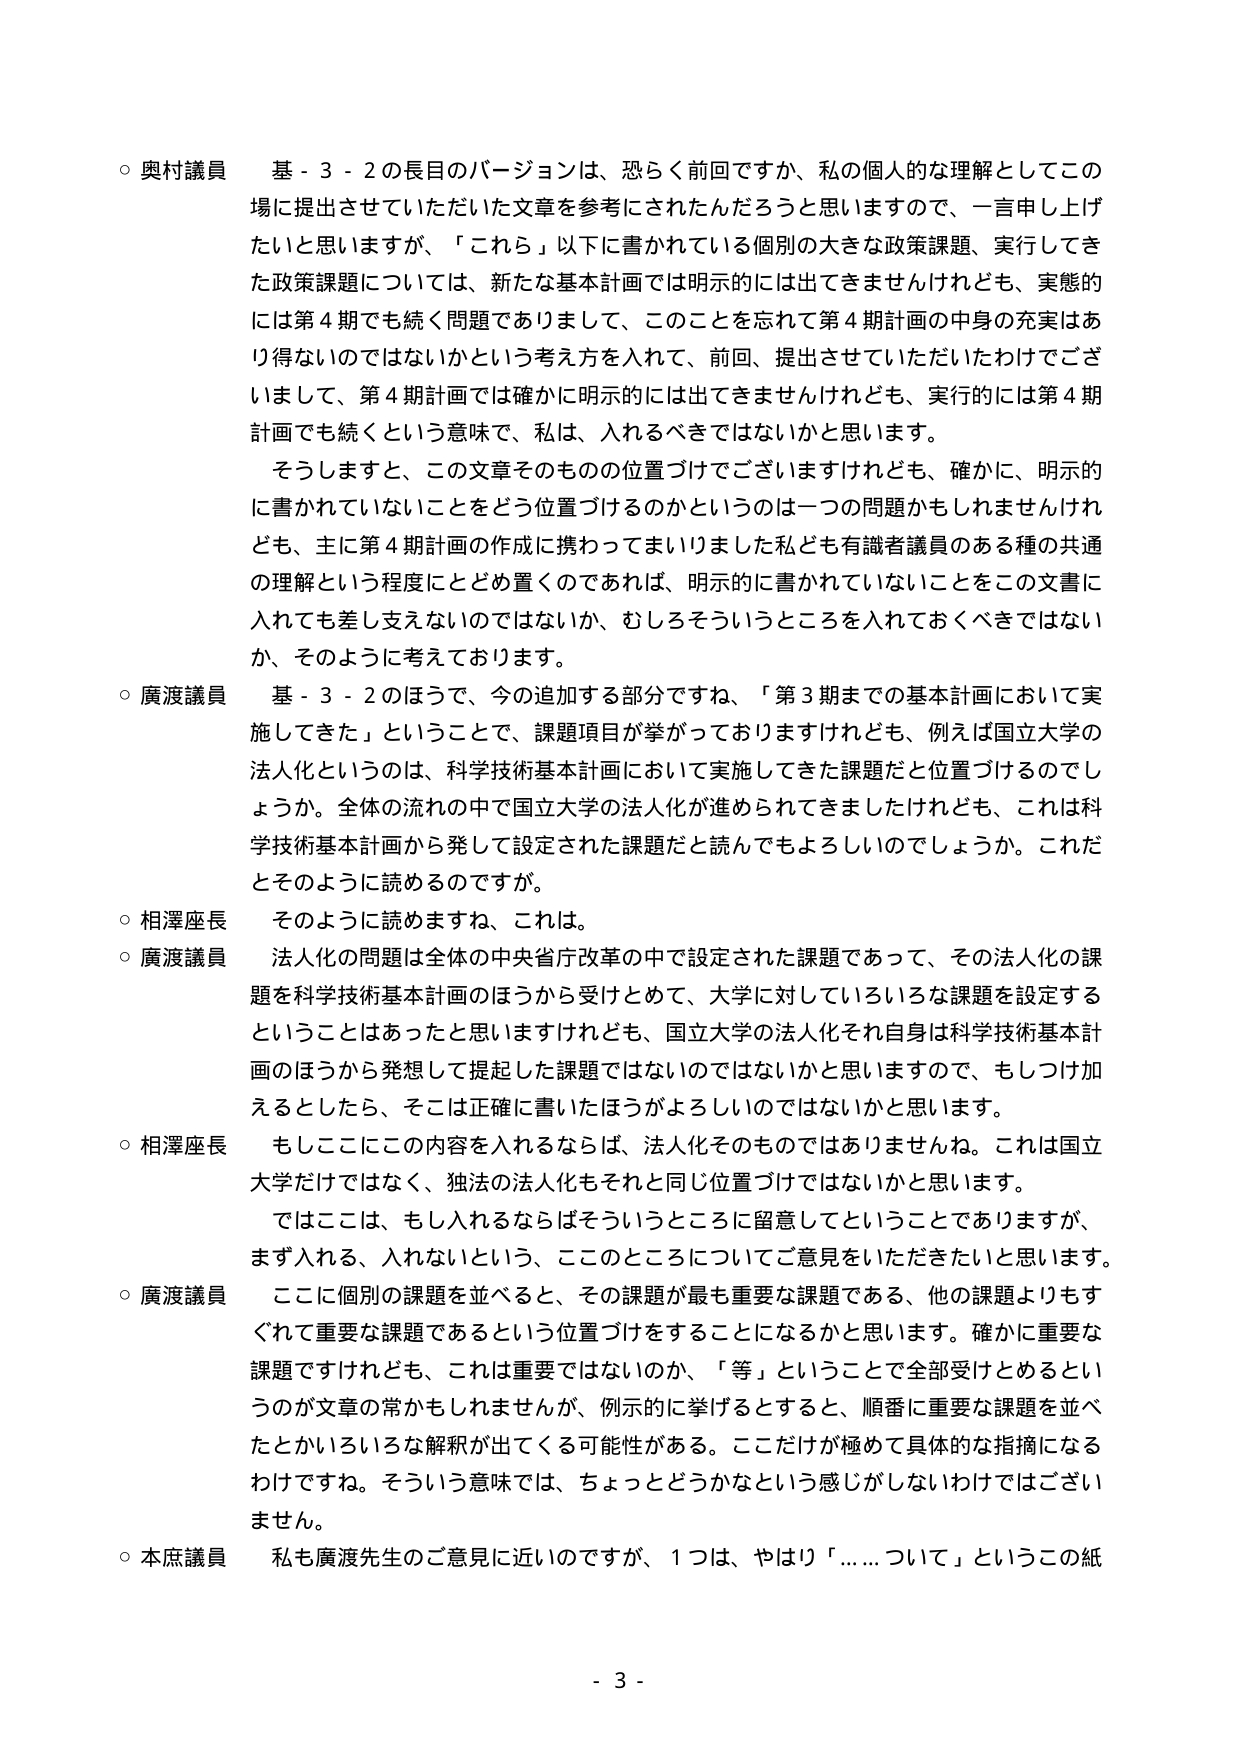
○ 奥村議員　基－３－２の長目のバージョンは、恐らく前回ですか、私の個人的な理解としてこの場に提出させていただいた文章を参考にされたんだろうと思いますので、一言申し上げたいと思いますが、「これら」以下に書かれている個別の大きな政策課題、実行してきた政策課題については、新たな基本計画では明示的には出てきませんけれども、実態的には第４期でも続く問題でありますし、このことを忘れて第４期計画の中身の充実はあり得ないのではないかという考え方を入れて、前回、提出させていただいたわけでございまして、第４期計画では確かに明示的には出てきませんけれども、実行的には第４期計画でも続くという意味で、私は、入れるべきではないかと思います。

　そうしますと、この文章そのものの位置づけでございますけれども、確かに、明示的に書かれていないことをどう位置づけるのかというのは一つの問題かもしれませんけれども、主に第４期計画の作成に携わってまいりました私ども有識者議員のある種の共通の理解という程度にとどめ置くのであれば、明示的に書かれていないことをこの文書に入れても数支えないのではないか、むしろそういうところを入れておくべきではないか、そのように考えております。

○ 廣渡議員　基－３－２のほうで、今の追加する部分ですね、「第３期までの基本計画において実施してきた」ということで、課題項目が挙がっておりますけれども、例えば国立大学の法人化というのは、科学技術基本計画において実施してきた課題だと位置づけるのでしょうか。全体の流れの中で国立大学の法人化が進められてきましたけれども、これは科学技術基本計画から発して設定された課題だと読んでもよろしいのでしょうか。これだとそのように読めるのですが。

○ 相澤座長　そのように読めますね、これは。

○ 廣渡議員　法人化の問題は全体の中央省庁改革の中で設定された課題であって、その法人化の課題を科学技術基本計画のほうから受けとめて、大学に対していろいろな課題を設定するということはあったと思いますけれども、国立大学の法人化それ自身は科学技術基本計画のほうから発想して提起した課題ではないのではないかと思いますので、もしつけ加えるとしたら、そこは正確に書いたほうがよろしいのではないかと思います。

○ 相澤座長　もしこにこの内容を入れるならば、法人化そのものではありませんね。これは国立大学だけではなく、独法の法人化もそれと同じ位置づけではないかと思います。

　ではここは、もし入れるならばそういうところに留意してということではありますが、まず入れる、入れないという、ここのところについてご意見をいただきたいと思います。

○ 廣渡議員　ここに個別の課題を並べると、その課題が最も重要な課題である、他の課題よりもすぐれて重要な課題であるという位置づけをすることになるかと思います。確かに重要な課題ですけれども、これは重要ではないのか、「等」ということで全部受けとめるというのが文章の常かもしれませんが、例示的に挙げるとすると、順番に重要な課題を並べたとかいろいろな解釈が出てくる可能性がある。ここだけが極めて具体的な指摘になるわけですね。そういう意味では、ちょっとどうかなという感じがしないわけではございません。

○ 本庶議員　私も廣渡先生のご意見に近いのですが、１つは、やはり「……について」というこの紙

- 3 -